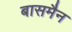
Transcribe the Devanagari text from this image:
बासमैन